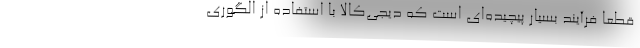
قطعا فرآیند بسیار پیچیده‌ای است که دیجی‌کالا با استفاده از الگوری